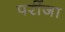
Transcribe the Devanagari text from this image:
परींजा